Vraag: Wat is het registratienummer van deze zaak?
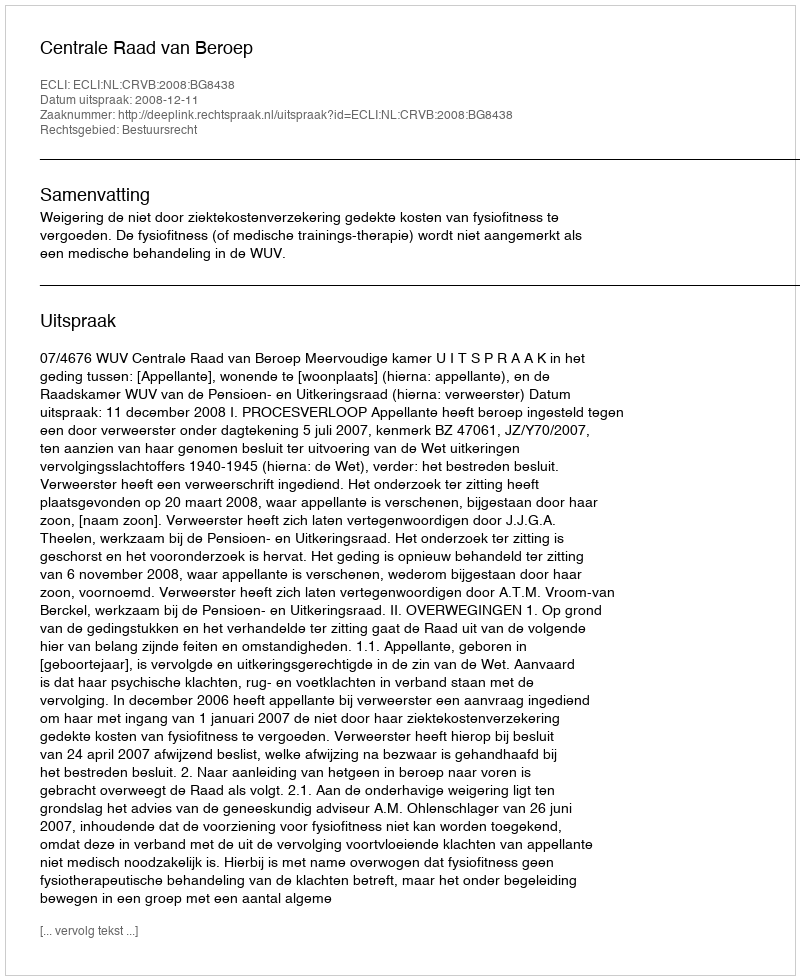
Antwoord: http://deeplink.rechtspraak.nl/uitspraak?id=ECLI:NL:CRVB:2008:BG8438